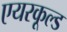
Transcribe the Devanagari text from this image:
एयरकूल्ड